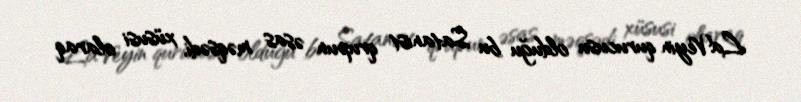
LaVeyin qurucusu olduğu bu Satanist qrupun əsas məqsədi, xüsusi olaraq